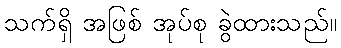
သက်ရှိ အဖြစ် အုပ်စု ခွဲထားသည်။